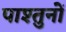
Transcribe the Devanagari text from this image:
पाश्तुनों